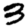
Digit: 3